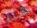
هنا